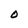
Character: O